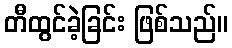
တီထွင်ခဲ့ခြင်း ဖြစ်သည်။